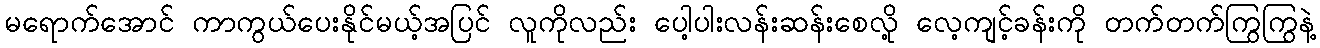
မရောက်အောင် ကာကွယ်ပေးနိုင်မယ့်အပြင် လူကိုလည်း ပေါ့ပါးလန်းဆန်းစေလို့ လေ့ကျင့်ခန်းကို တက်တက်ကြွကြွနဲ့